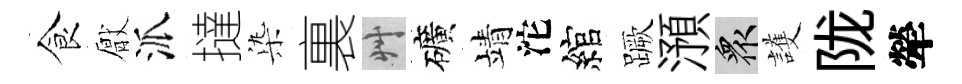
食厭派撻𣑱裏艸礦靖沱綰蹶澦衆護陇犖